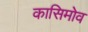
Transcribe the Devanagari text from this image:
कासिमोव